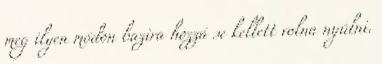
meg ilyen módon bazira hozzá se kellett volna nyúlni.